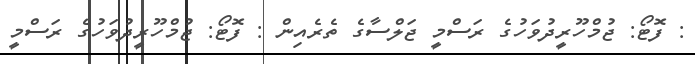
: ފޮޓޯ: ޖުމްހޫރީދުވަހުގެ ރަސްމީ ޖަލްސާގެ ތެރެއިން : ފޮޓޯ: ޖުމްހޫރީދުވަހުގެ ރަސްމީ